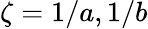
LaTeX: \zeta=1/a,1/b